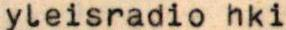
yleisradio hki